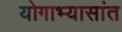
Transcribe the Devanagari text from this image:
योगाभ्यासांत